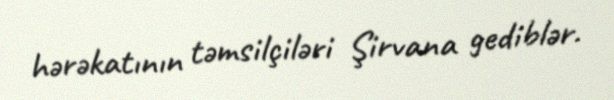
hərəkatının təmsilçiləri Şirvana gediblər.